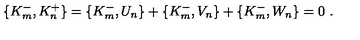
\{ K _ { m } ^ { - } , K _ { n } ^ { + } \} = \{ K _ { m } ^ { - } , U _ { n } \} + \{ K _ { m } ^ { - } , V _ { n } \} + \{ K _ { m } ^ { - } , W _ { n } \} = 0 \ .